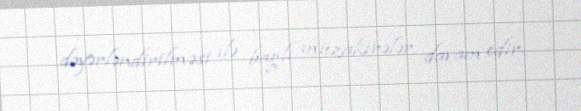
dəyərləndirilməsi ilə bağlı müzakirələr davam edir.